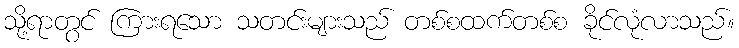
သို့ရာတွင် ကြားရသော သတင်းများသည် တစ်စထက်တစ်စ ခိုင်လုံလာသည်။